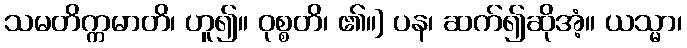
သမတိက္ကမာတိ၊ ဟူ၍။ ဝုစ္စတိ၊ ၏။] ပန၊ ဆက်၍ဆိုအံ့။ ယသ္မာ၊